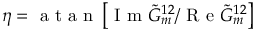
\eta = \textrm { a t a n } \left[ \textrm { I m } \tilde { G } _ { m } ^ { 1 2 } / \textrm { R e } \tilde { G } _ { m } ^ { 1 2 } \right]